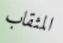
المثقاب